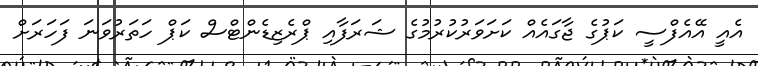
އެއީ އޭއެފްސީ ކަޕުގެ ޖާގައެއް ކަށަވަރުކުރުމުގެ ޝަރަފާއި ޕްރެޒިޑެންޓްސް ކަޕް ހަތަރުވަނަ ފަހަރަށް